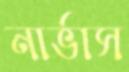
নার্ভাস